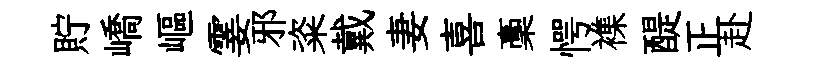
貯嶠嶇霎邪粢戴妻喜稾愕襍醍正赴